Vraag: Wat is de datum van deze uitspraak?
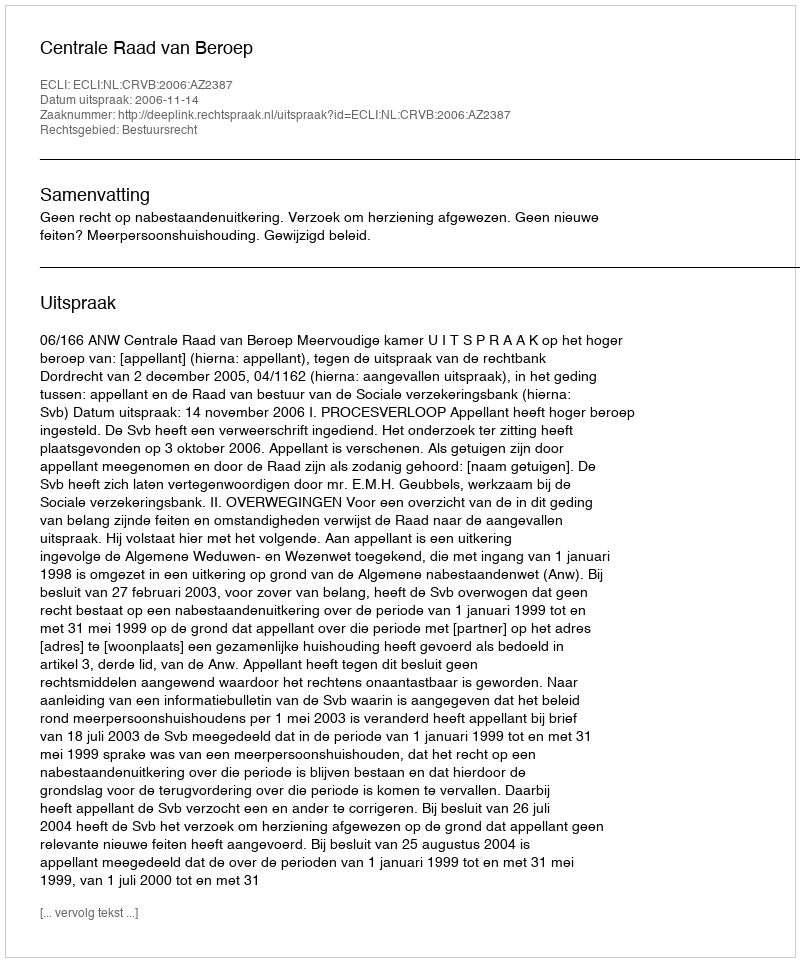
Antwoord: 2006-11-14